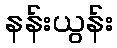
နန်းယွန်း